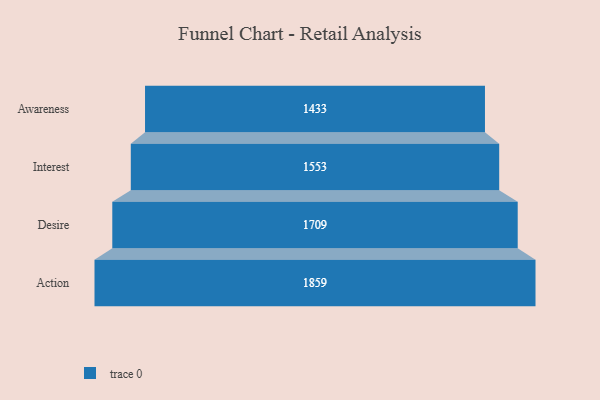
{"axis": {"x": "Stage", "y": "Value"}, "legend": [""], "data": [{"x": "Awareness", "y": 1433.0, "type": ""}, {"x": "Interest", "y": 1553.0, "type": ""}, {"x": "Desire", "y": 1709.0, "type": ""}, {"x": "Action", "y": 1859.0, "type": ""}]}